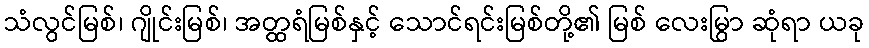
သံလွင်မြစ်၊ ဂျိုင်းမြစ်၊ အတ္ထရံမြစ်နှင့် သောင်ရင်းမြစ်တို့၏ မြစ် လေးမြွာ ဆုံရာ ယခု